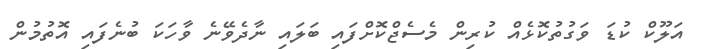
އަލޫކް ކުޑަ ވަގުތުކޮޅެއް ކުރިން މެސެޖްކޮށްފައި ބަލައި ނާދެވޭނެ ވާހަކަ ބުނެފައި އޮތުމުން